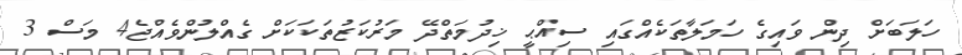
ހަލަބަށް ދިން ވައިގެ ހަމަލާތަކެއްގައި ސިއްޙީ ޚިދުމަތްދޭ މަރުކަޒުތަކަކަށް ގެއްލުންވެއްޖެ4 މަސް 3